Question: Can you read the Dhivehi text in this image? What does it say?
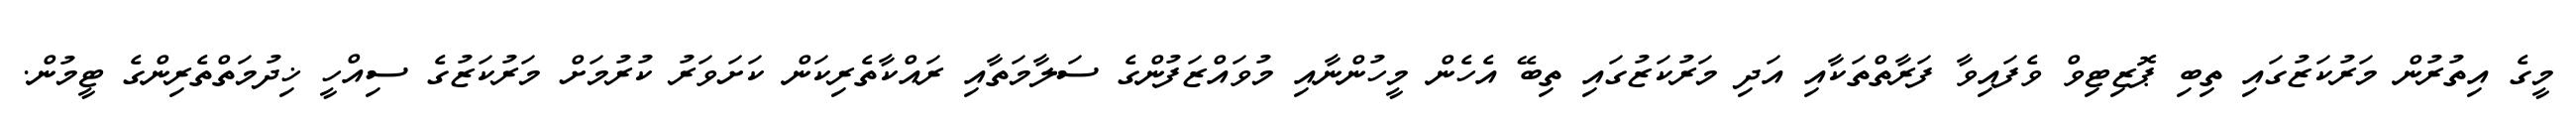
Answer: މީގެ އިތުރުން މަރުކަޒުގައި ތިބި ޕޮޒިޓިވް ވެފައިވާ ފަރާތްތަކާއި އަދި މަރުކަޒުގައި ތިބޭ އެހެން މީހުންނާއި މުވައްޒަފުންގެ ސަލާމަތާއި ރައްކާތެރިކަން ކަށަވަރު ކުރުމަށް މަރުކަޒުގެ ސިއްހީ ޚިދުމަތްތެރިންގެ ޓީމުން.